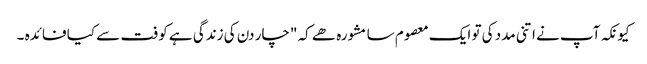
کیونکہ آپ نے اتنی مدد کی تو ایک معصوم سا مشورہ ھے کہ "چار دن کی زندگی ہے کوفت سے کیا فائدہ ۔